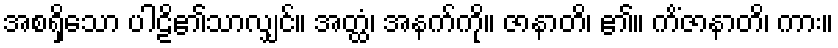
အစရှိသော ပါဠိ၏သာလျှင်။ အတ္ထံ၊ အနက်ကို။ ဇာနာတိ၊ ၏။ ကိံဇာနာတိ၊ ကား။